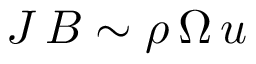
J \, B \sim \rho \, \Omega \, u